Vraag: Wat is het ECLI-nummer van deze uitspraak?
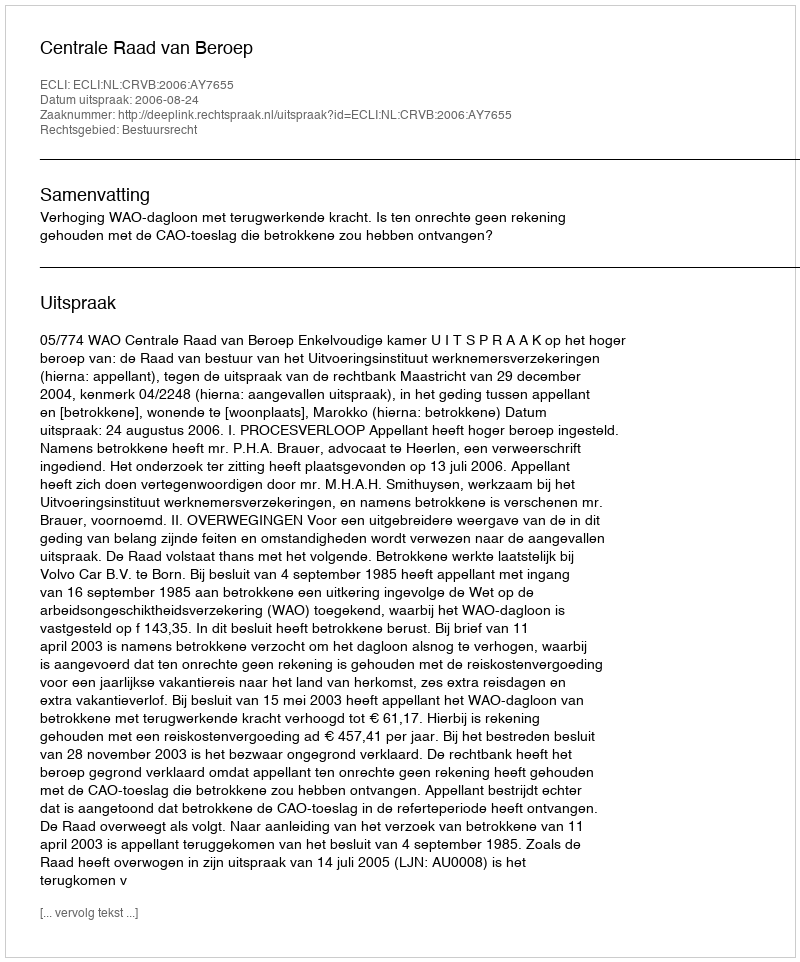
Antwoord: ECLI:NL:CRVB:2006:AY7655